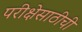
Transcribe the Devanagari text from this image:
परीक्षेसाठीची